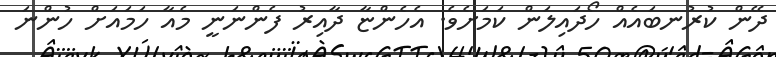
ދޭން ކުރުނބައެއް ހޯދައިލަން ކަމަށެވެ. އެހެންޏާ ދާއިރު ފެންނަނީ މެއާ ހަމައަށް ހުންނަ